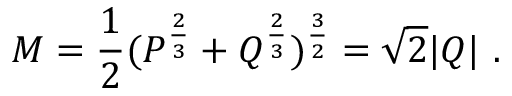
M = { \frac { 1 } { 2 } } ( P ^ { \frac { 2 } { 3 } } + Q ^ { \frac { 2 } { 3 } } ) ^ { \frac { 3 } { 2 } } = \sqrt 2 | Q | \ .